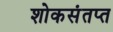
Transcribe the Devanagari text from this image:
शोकसंतप्त